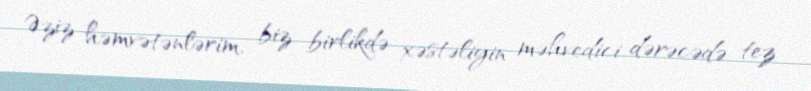
Əziz həmvətənlərim, biz birlikdə xəstəliyin məhvedici dərəcədə tez